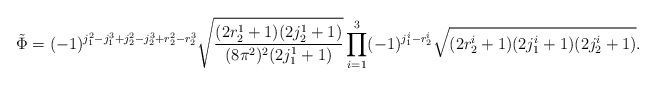
\begin{align*}\tilde{\Phi}= (-1)^{j_1^2 -j_1^3 +j_2^2 -j_2^3 +r_2^2 -r_2^3 }\sqrt{\frac{(2r_2^1 + 1)(2 j_2^1 + 1)}{(8 \pi^2 )^2 (2j_1^1 +1)}}\prod_{i = 1}^{3} (-1)^{j_1^i -r_2^i} \sqrt{(2r_2^i +1)(2j_1^i +1)(2j_2^i +1)}.\end{align*}